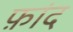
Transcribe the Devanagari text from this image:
फ़ांद